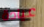
عيادة